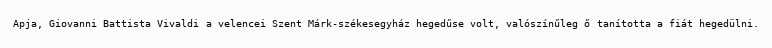
Apja, Giovanni Battista Vivaldi a velencei Szent Márk-székesegyház hegedűse volt, valószínűleg ő tanította a fiát hegedülni.